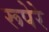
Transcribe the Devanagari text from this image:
रूपेरे